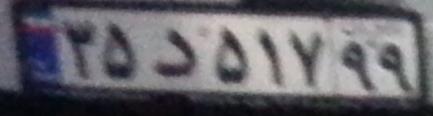
۳۵د۵۱۷۹۹